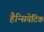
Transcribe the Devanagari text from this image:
हैन्सियेटिक